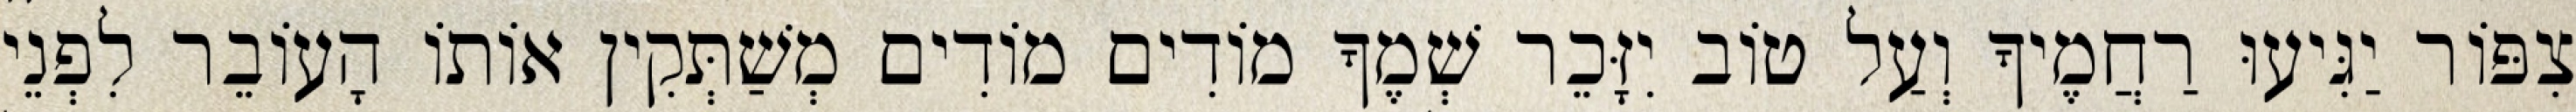
צִפּוֹר יַגִּיעוּ רַחֲמֶיךָ וְעַל טוֹב יִזָּכֵר שְׁמֶךָ מוֹדִים מוֹדִים מְשַׁתְּקִין אוֹתוֹ הָעוֹבֵר לִפְנֵי